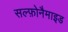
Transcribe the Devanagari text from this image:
सल्फ़ोनैमाइड